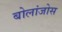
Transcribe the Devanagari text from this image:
बोलांजोस